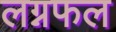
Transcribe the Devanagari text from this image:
लग्नफल